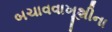
બચાવવાખૂશીના